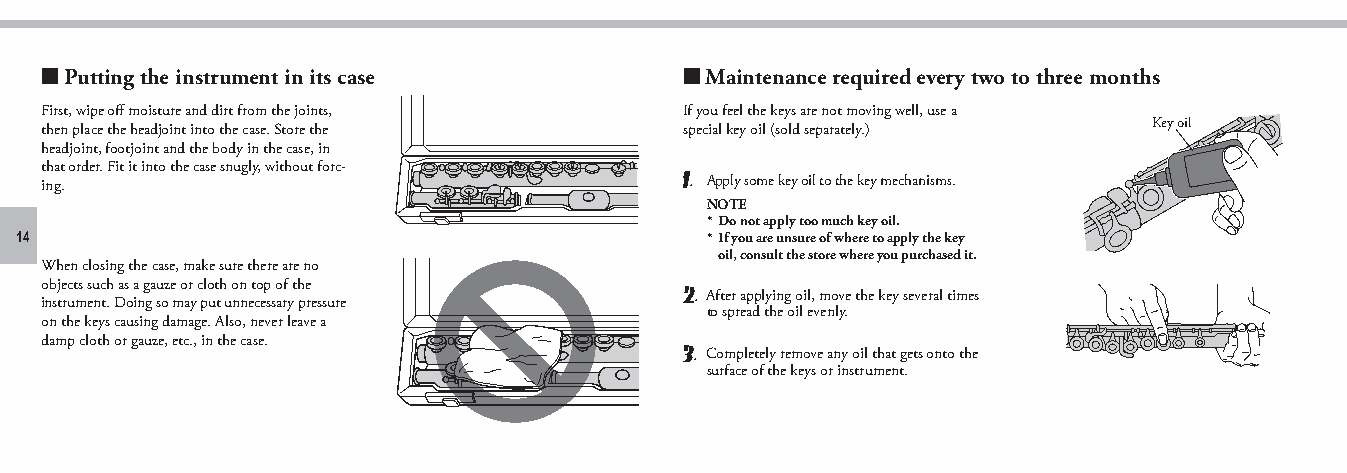
■ Putting the instrument in its case      ■ Maintenance required every two to three months
 First, wipe off moisture and dirt from the joints, If you feel the keys are not moving well, use a
 then place the headjoint into the case. Store the special key oil (sold separately.) Key oil
 headjoint, footjoint and the body in the case, in
 that order. Fit it into the case snugly, without forc-
 ing.                                      1. Apply some key oil to the key mechanisms.
 NOTE
 * Do not apply too much key oil.
 14                                            * If you are unsure of where to apply the key
 oil, consult the store where you purchased it.
 When closing the case, make sure there are no
 objects such as a gauze or cloth on top of the 2. After applying oil, move the key several times
 instrument. Doing so may put unnecessary pressure
 to spread the oil evenly.
 on the keys causing damage. Also, never leave a
 damp cloth or gauze, etc., in the case.
 3. Completely remove any oil that gets onto the
 surface of the keys or instrument.
 piccolo_flute_en_om_b0_1224.indd 14                                             2021/01/07 13:01:13